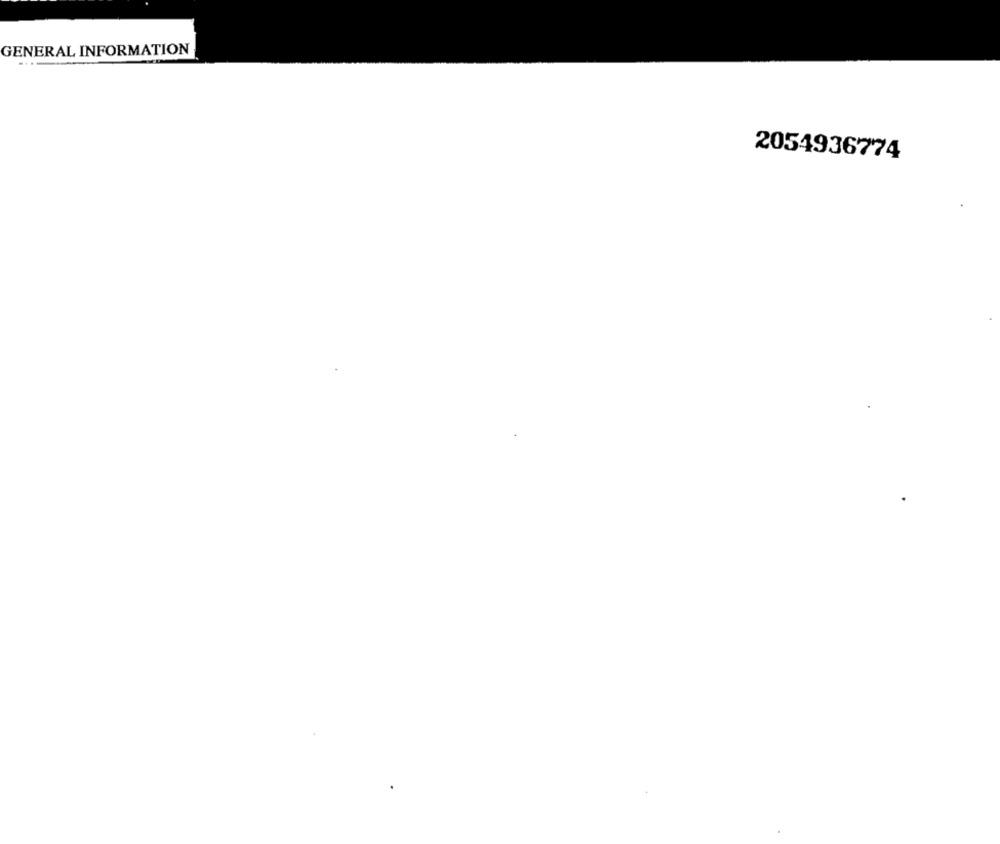
GENERAL INFORMATION
2054936774